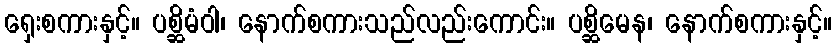
ရှေးစကားနှင့်။ ပစ္ဆိမံဝါ၊ နောက်စကားသည်လည်းကောင်း။ ပစ္ဆိမေန၊ နောက်စကားနှင့်။